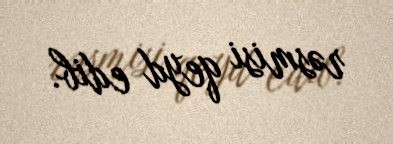
rəsmisi qeyd edib.